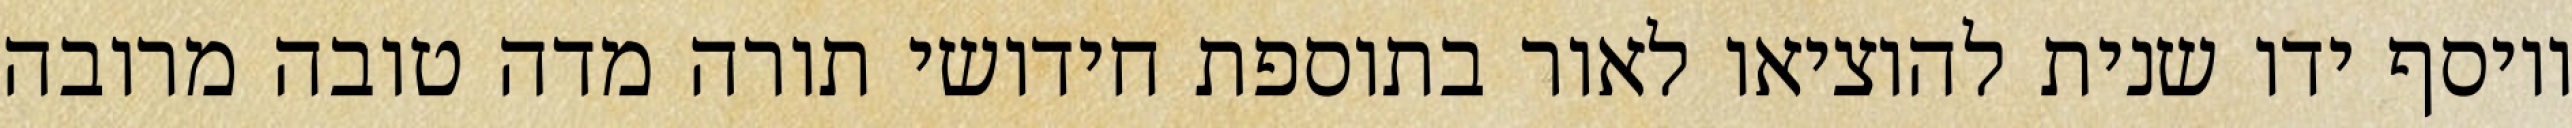
ויוסף ידו שנית להוציאו לאור בתוספת חידושי תורה מדה טובה מרובה